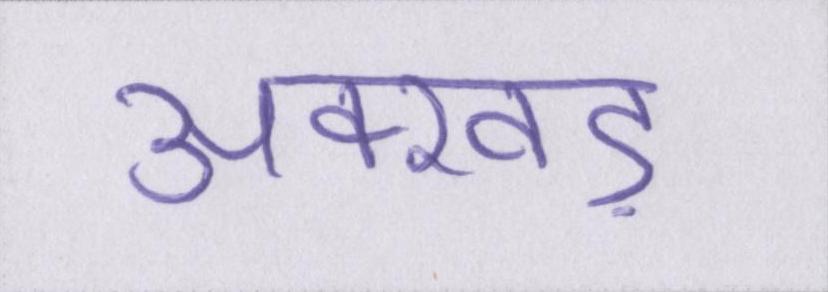
अक्खड़